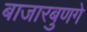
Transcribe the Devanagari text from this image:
बाजारबुणगे